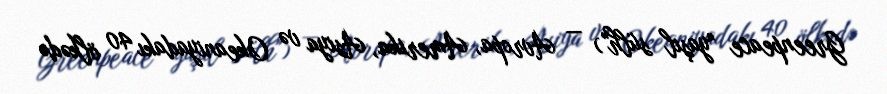
Greenpeace "yaşıl sülh") — Avropa, Amerika, Asiya və Okeaniyadakı 40 ölkədə